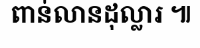
ពាន់លានដុល្លារ ៕